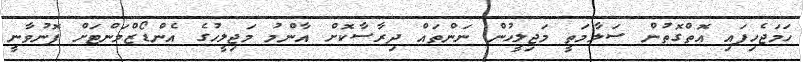
ހަމަޖެހިފައި އޮތްގޮތުން ސަލާމަތީ މަޖިލީހުން ނަންތައް ދިރާސާކޮށް އާންމު މަޖިލީހުގެ އެންޑޯޒްމަންޓަށް ފޮނުވާނީ